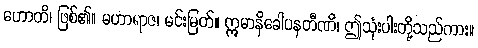
ဟောတိ၊ ဖြစ်၏။ မဟာရာဇ၊ မင်းမြတ်။ ဣမာနိခေါပနတီဏိ၊ ဤသုံးပါးတို့သည်ကား။